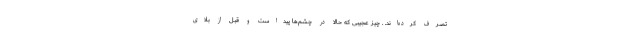
تصرف کرده‌اند. . چیز عجیبی که حالا در چشم‌ها پیداست و قبل از بلای